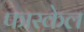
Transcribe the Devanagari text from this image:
फास्केल